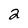
Character: 2